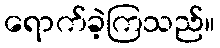
ရောက်ခဲ့ကြသည်။